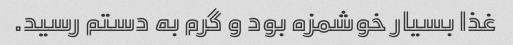
غذا بسیار خوشمزه بود و گرم به دستم رسید.